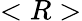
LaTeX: <R>